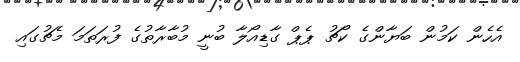
އެހެން ކަމުން ބަޔާންގެ ކޯޗު ޕެޕް ގާޑިއޯލާ ބުނީ މުބާރާތުގެ ފުރަތަމަ މެޗުގައި